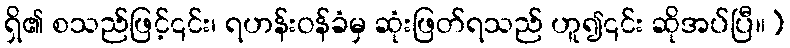
ရှိ၏ စသည်ဖြင့်၎င်း၊ ရဟန်းဝန်ခံမှ ဆုံးဖြတ်ရသည် ဟူ၍၎င်း ဆိုအပ်ပြီ။)